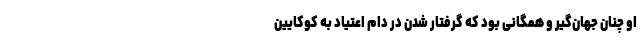
او چنان جهان‌گیر و همگانی بود که گرفتار شدن در دام اعتیاد به کوکایین